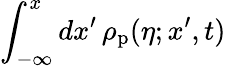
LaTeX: \int_{-\infty}^{x}dx^{\prime}\, \rho_{\mathrm{p}}(\eta;x^{\prime},t)